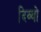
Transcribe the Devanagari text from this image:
दिव्वो